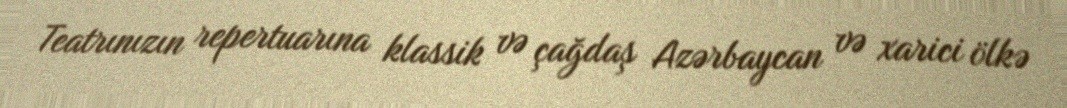
Teatrınızın repertuarına klassik və çağdaş Azərbaycan və xarici ölkə